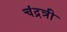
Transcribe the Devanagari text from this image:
चंद्रत्री